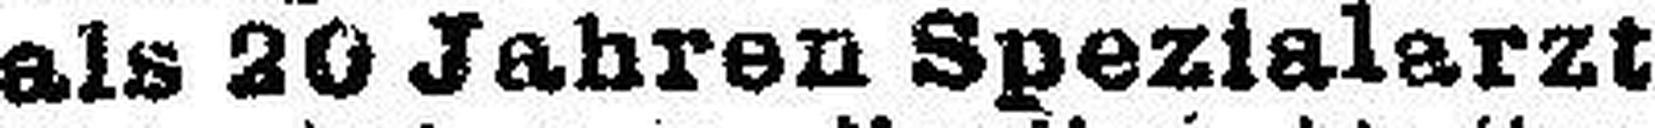
als 20 Jahren Spezialarzt